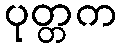
ပုတ္တက